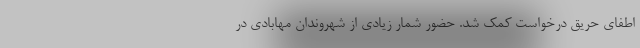
اطفای حریق درخواست کمک شد. حضور شمار زیادی از شهروندان مهابادی در